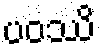
ပဝဿိ